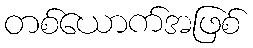
တစ်ယောက်အဖြစ်